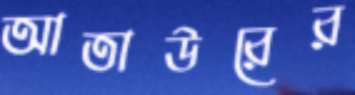
আতাউরের